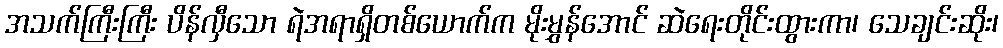
အသက်ကြီးကြီး ပိန်လှီသော ရဲအရာရှိတစ်ယောက်က မိုးမွှန်အောင် ဆဲရေးတိုင်းထွားကာ၊ သေချင်းဆိုး၊